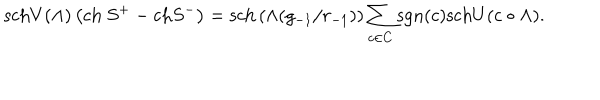
LaTeX: \mathrm { s c h } V ( \Lambda ) \left( \mathrm { c h ~ } S ^ { + } - \mathrm { c h } S ^ { - } \right) = \mathrm { s c h } \left( \wedge ( g _ { - 1 } / r _ { - 1 } ) \right) \sum _ { c \in C } \mathrm { s g n } ( c ) \mathrm { s c h } U ( c \bullet \Lambda ) .